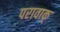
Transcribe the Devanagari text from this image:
परावाक्